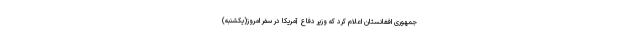
جمهوری افغانستان اعلام کرد که وزیر دفاع آمریکا در سفر امروز(یکشنبه)